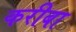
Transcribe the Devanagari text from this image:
करीबा